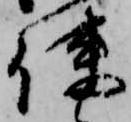
使